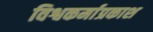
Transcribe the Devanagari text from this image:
विश्वकर्माप्रकाश